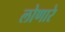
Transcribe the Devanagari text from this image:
लोणारे